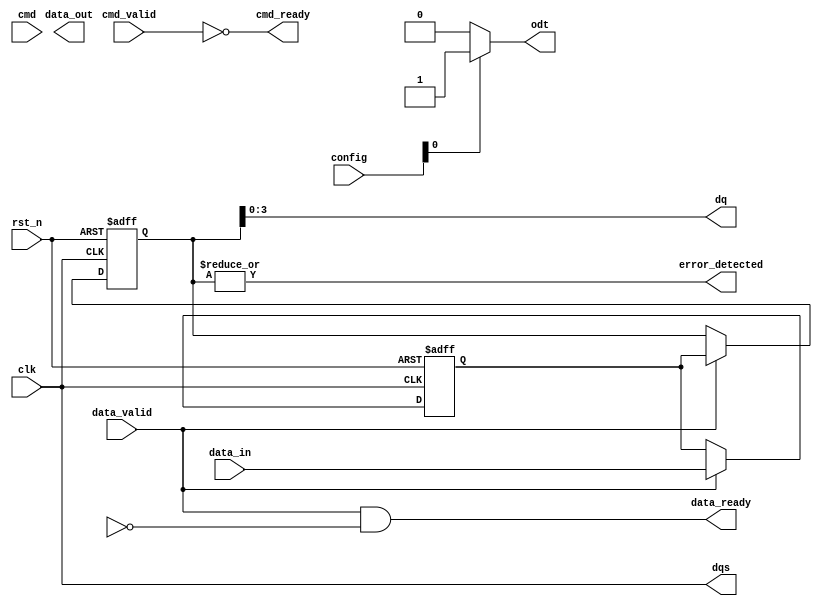
module gddr_io_block (
    input wire clk,                // Main clock input
    input wire rst_n,              // Active low reset
    // Command Interface
    input wire [3:0] cmd,           // Command bus
    input wire cmd_valid,           // Command valid signal
    output wire cmd_ready,          // Command ready signal
    // Data Interface
    input wire [63:0] data_in,      // Data input
    input wire data_valid,          // Data valid signal
    output wire data_ready,         // Data ready signal
    output wire [63:0] data_out,    // Data output
    // Clock and Strobe
    output wire dqs,                // Data Strobe
    output wire [3:0] dq,           // Data Output Lines
    // Termination Control
    output wire odt,                // On-Die Termination
    // Configuration
    input wire [7:0] config,        // Configuration settings
    output wire error_detected       // Error detection signal
);

// Internal signals and parameters
reg [63:0] data_buffer;  // Buffer for incoming data
reg [63:0] data_align;    // Aligned data
reg error_flag;           // Error flag

// Command and Data flow control
assign cmd_ready = !cmd_valid;
assign data_ready = (data_valid && !error_flag);

// Data alignment logic
always @(posedge clk or negedge rst_n) begin
    if (!rst_n) begin
        data_buffer <= 64'b0;      // Clear buffer on reset
        data_align <= 64'b0;       // Clear aligned data
    end else begin
        if (data_valid) begin
            data_buffer <= data_in; // Store incoming data in buffer
            // Implement alignment logic if necessary
            data_align <= data_buffer; // Here we are directly assigning for simplicity
        end
    end
end

// DQS generation logic (simplified)
assign dqs = clk; // In practice, you'll need logic for aligned strobes based on data

// Data output and error checking (simple parity for demonstration)
assign dq = data_align[63:0]; // Output aligned data
assign error_detected = |data_align[63:0]; // Example error detection: Simplified parity check

// On-Die Termination control based on configuration
assign odt = (config[0]) ? 1'b1 : 1'b0; // ODT control can be based on configuration

endmodule